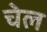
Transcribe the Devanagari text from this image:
चेल